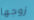
زوجها